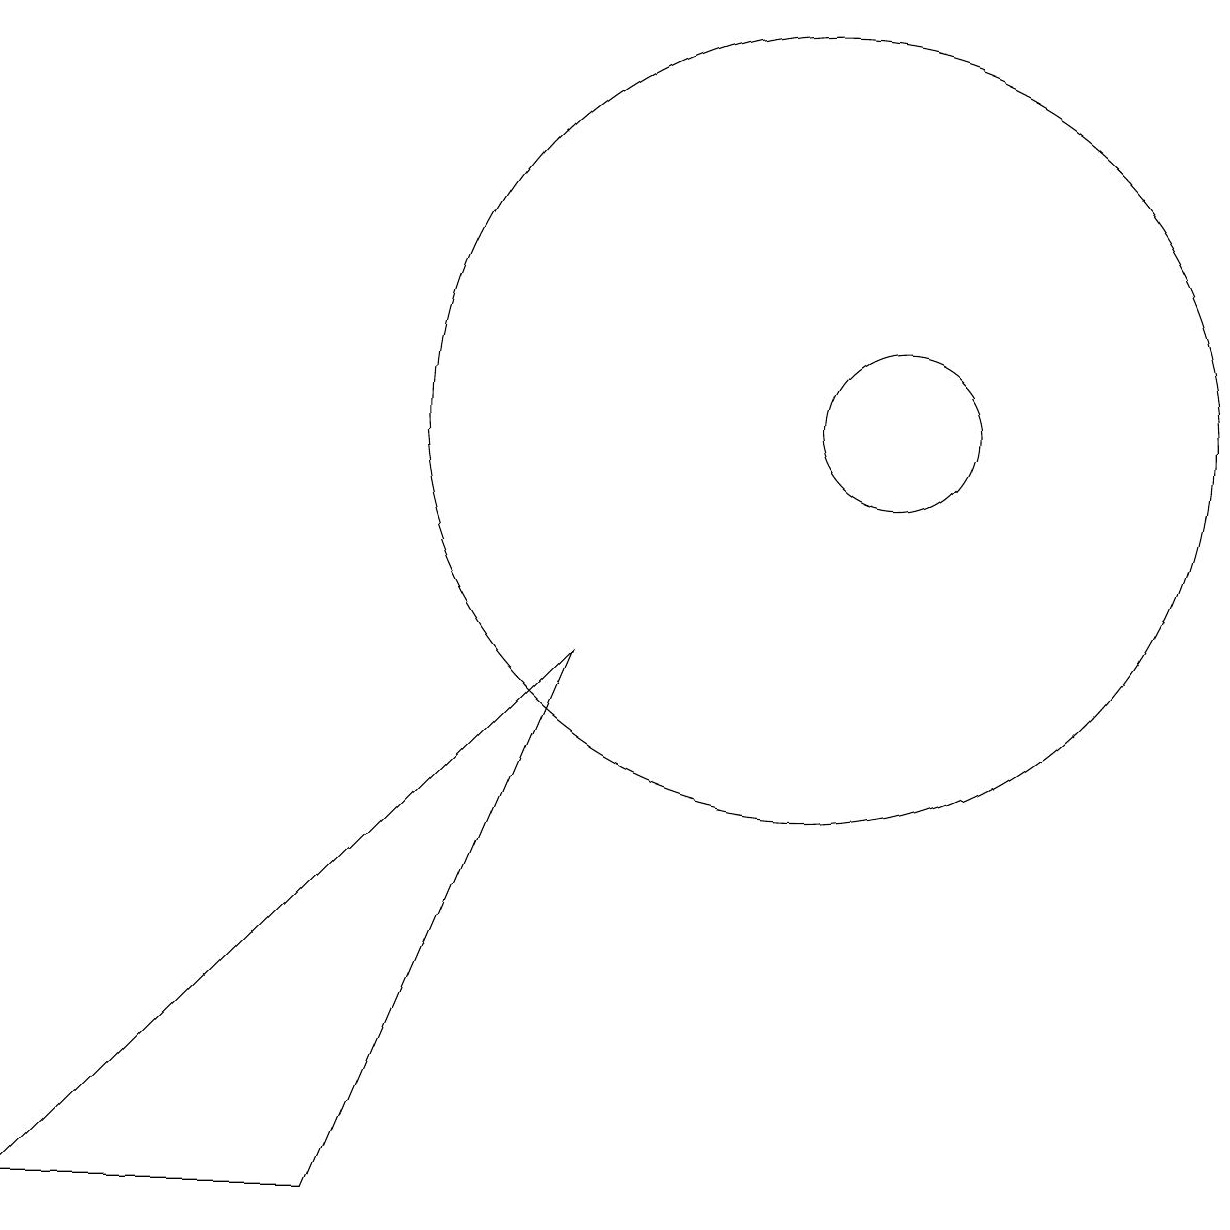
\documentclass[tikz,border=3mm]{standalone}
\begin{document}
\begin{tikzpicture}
\draw (12,10) circle (1);
\draw (5,0) -- (1,0) -- (8,7) -- cycle;
\draw (11,10) circle (5);
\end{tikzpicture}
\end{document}